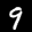
Label: 9